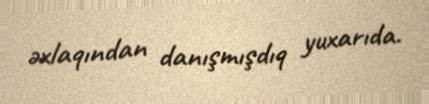
əxlaqından danışmışdıq yuxarıda.